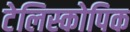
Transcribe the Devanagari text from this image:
टेलिस्कोपिक